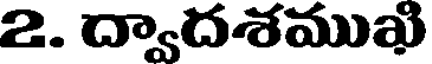
2. ద్వాదశముఖి